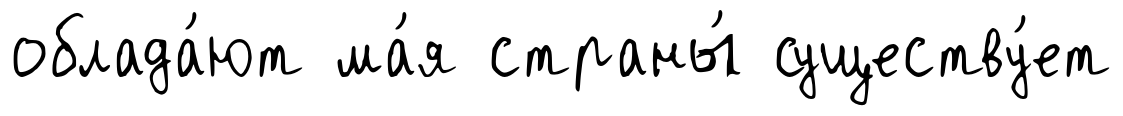
облада́ют ма́я страны́ существу́ет